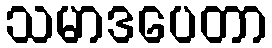
သမာဒပေတာ